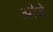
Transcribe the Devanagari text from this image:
ओबे